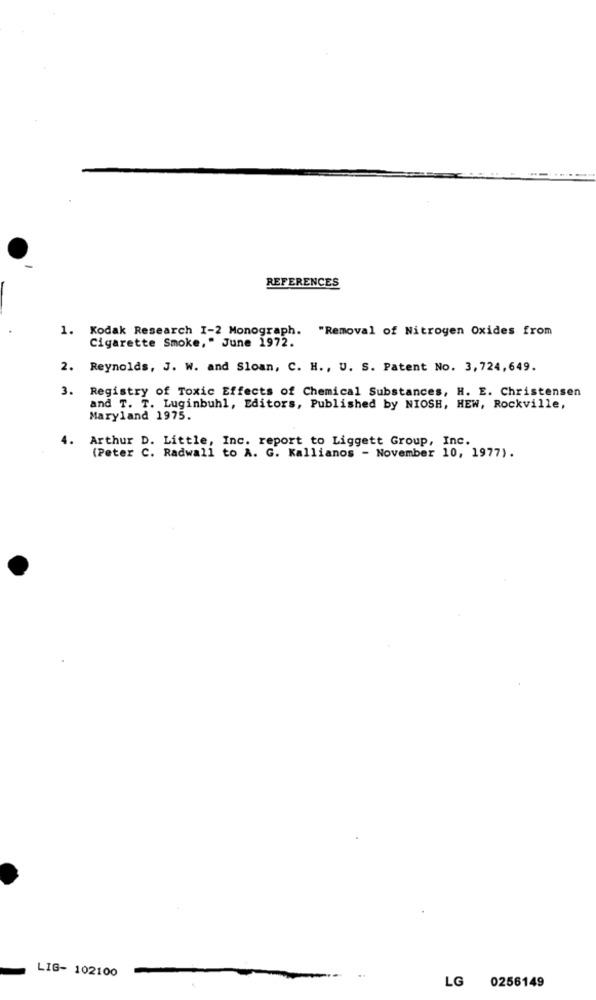
REFERENCES
1. Kodak Research 1-2 Monograph. "Removal of Nitrogen Oxides from
Cigarette Smoke," June 1972.
2. Reynolds, J. W. and Sloan, C. H ., U. S. Patent No. 3,724,649.
3. Registry of Toxic Effects of Chemical Substances, H. E. Christensen
and T. T. Luginbuhl, Editors, Published by NIOSH, HEW, Rockville,
Maryland 1975.
4.
Arthur D. Little, Inc. report to Liggett Group, Inc.
(Peter C. Radwall to A. G. Kallianos - November 10, 1977).
LIG- 102100
LG
0256149